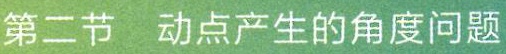
第二节 动点产生的角度问题